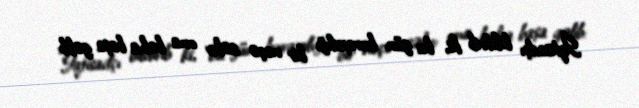
İqtisadçı bildirib ki, bu gün buraxdığı bir neçə səhv ona baha başa gəlib: